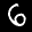
Label: 6